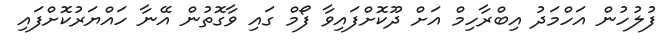
ފުލުހުން އަހްމަދު އިބްރާހިމް އަށް ދޫކޮށްފައިވާ ފޯމް ގައި ވާގޮތުން އޭނާ ހައްޔަރުކޮށްފައި